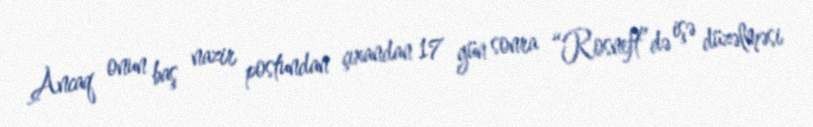
Ancaq onun baş nazir postundan çıxandan 17 gün sonra “Rosneft”də işə düzəlməsi